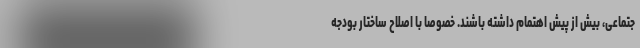
جتماعی، بیش از پیش اهتمام داشته باشند. خصوصاً‌ با اصلاح ساختار بودجه